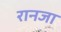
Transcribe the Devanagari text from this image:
रानजा